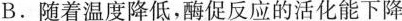
B.随着温度降低，酶促反应的活化能下降